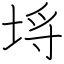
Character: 埓